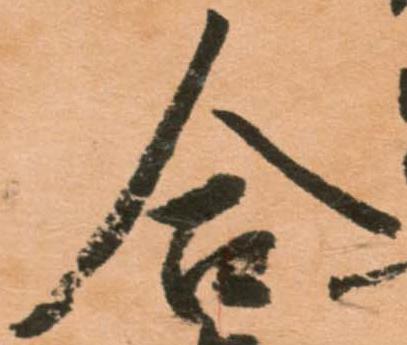
合